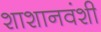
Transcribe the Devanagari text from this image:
शाशानवंशी